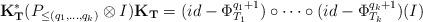
LaTeX: \begin{align*}{\bf K_{T}^*}(P_{\leq(q_1,\ldots, q_k)} \otimes I){\bf K_{T}}=(id-\Phi_{T_1}^{q_1+1})\circ \cdots \circ (id-\Phi_{T_k}^{q_k+1})(I)\end{align*}